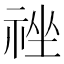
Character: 𰨃